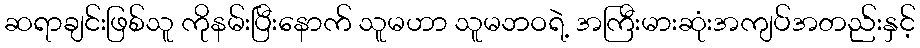
ဆရာချင်းဖြစ်သူ ကိုနမ်းပြီးနောက် သူမဟာ သူမဘဝရဲ့ အကြီးမားဆုံးအကျပ်အတည်းနှင့်